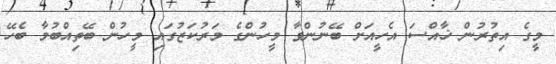
މީގެ އިތުރުން ޚާއްސަ އެހީއަށް ބޭނުންވާ މީހުންގެ މަރުކަޒުގައި މީހުން ބޭތިއްބުމާ ބެހޭ